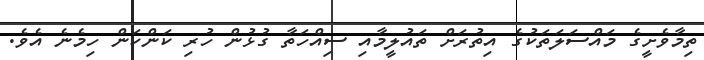
ތިމާވެށީގެ މައްސަލަތަކުގެ އިތުރަށް ތައުލީމާއި ސިއްހަތާ ގުޅުން ހުރި ކަންކަން ހިމެނެ އެވެ.